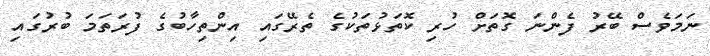
ނަމަވެސް ބޭރު ފެންނަ ގޮތަށް ހުރި ކޮތަޅުތަކުގެ ތެރޭގައި އިންތިހާބުގެ ފުރަތަމަ ބުރުގައި